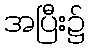
အပြီး၌